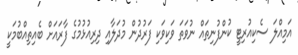
އަމިއްލަ ސެކިއުރިޓީ ކުންފުނިތައް ނުވަތަ ވަކިވަކި ފަރުދުން މުދަލާއި ދިރިއުޅުމުގެ ފާރައަށް ބެއިތިއްބުމަކީ